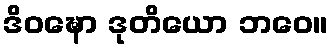
ဒိဝဍ္ဎော ဒုတိယော ဘဝေ။